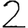
Digit: 2